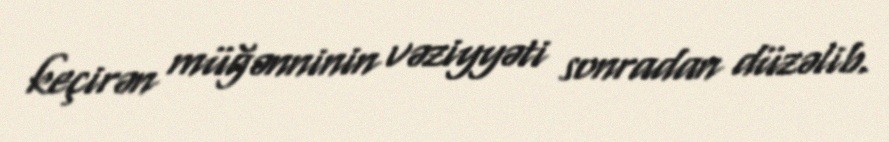
keçirən müğənninin vəziyyəti sonradan düzəlib.